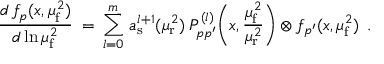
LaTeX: \frac { d \, f _ { p } ( x , \mu _ { \mathrm { f } } ^ { 2 } ) } { d \ln \mu _ { \mathrm { f } } ^ { 2 } } \: = \: \sum _ { l = 0 } ^ { m } \, a _ { \mathrm { s } } ^ { l + 1 } ( \mu _ { \mathrm { r } } ^ { 2 } ) \: { \cal P } _ { p p ^ { \prime } } ^ { ( l ) } \bigg ( x , \frac { \mu _ { \mathrm { f } } ^ { 2 } } { \mu _ { \mathrm { r } } ^ { 2 } } \bigg ) \otimes f _ { p ^ { \prime } } ( x , \mu _ { \mathrm { f } } ^ { 2 } ) \: \: .